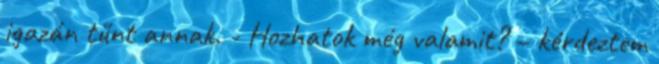
igazán tűnt annak. - Hozhatok még valamit? – kérdeztem